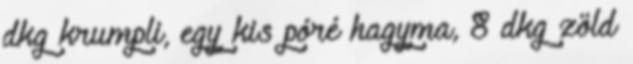
dkg krumpli, egy kis póré hagyma, 8 dkg zöld